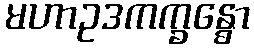
မဟာဥဒကက္ခန္ဓော